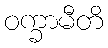
ဝက္ခာမီတိ